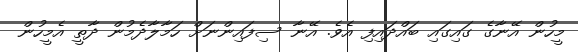
މީހުން އޭނާގެ ގައިގައި ބައްދައިފި އެވެ. އޭނާ ސިފައިންނަށް ހަމާލާދެމުން ދާތީ އެމީހުން